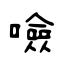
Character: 噞